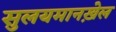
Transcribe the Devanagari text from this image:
सुलयमानख़ेल